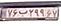
۷۶ب۲۹۹۶۷